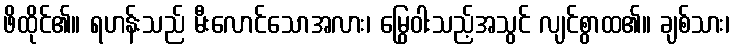
ဖိထိုင်၏။ ရဟန်းသည် မီးလောင်သောအလား၊ မြွေဝါးသည့်အသွင် လျင်စွာထ၏။ ချစ်သား၊